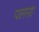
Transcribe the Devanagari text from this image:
पलसा